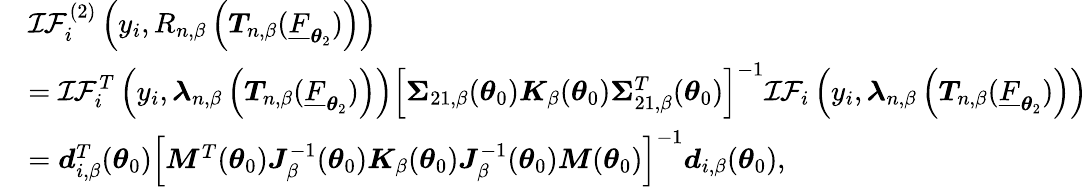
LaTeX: \begin{array}{rl}&{\mathcal{IF}_{i}^{(2)}\left(y_{i},R_{n,\beta}\left(\boldsymbol{T}_{n,\beta}(\underline{{F}}_{\boldsymbol{\theta}_{2}})\right)\right)}\\ &{=\mathcal{IF}_{i}^{T}\left(y_{i},\boldsymbol{\lambda}_{n,\beta}\left(\boldsymbol{T}_{n,\beta}(\underline{{F}}_{\boldsymbol{\theta}_{2}})\right)\right)\left[\boldsymbol{\Sigma}_{21,\beta}(\boldsymbol{\theta}_{0})\boldsymbol{K}_{\beta}(\boldsymbol{\theta}_{0})\boldsymbol{\Sigma}_{21,\beta}^{T}(\boldsymbol{\theta}_{0})\right]^{-1}\mathcal{IF}_{i}\left(y_{i},\boldsymbol{\lambda}_{n,\beta}\left(\boldsymbol{T}_{n,\beta}(\underline{{F}}_{\boldsymbol{\theta}_{2}})\right)\right)}\\ &{=\boldsymbol{d}_{i,\beta}^{T}(\boldsymbol{\theta}_{0})\left[\boldsymbol{M}^{T}(\boldsymbol{\theta}_{0})\boldsymbol{J}_{\beta}^{-1}(\boldsymbol{\theta}_{0})\boldsymbol{K}_{\beta}(\boldsymbol{\theta}_{0})\boldsymbol{J}_{\beta}^{-1}(\boldsymbol{\theta}_{0})\boldsymbol{M}(\boldsymbol{\theta}_{0})\right]^{-1}\boldsymbol{d}_{i,\beta}(\boldsymbol{\theta}_{0}),}\end{array}